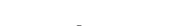
١٢٤